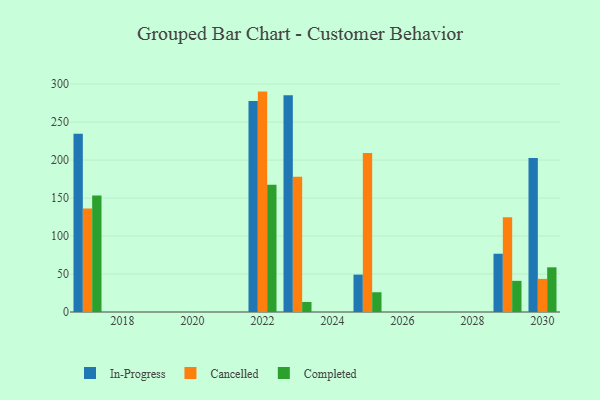
{"axis": {"x": "Year", "y": "Customer Acquisition Cost (USD)"}, "legend": ["Cancelled", "Completed", "In-Progress"], "data": [{"x": "2017", "y": 234.7, "type": "In-Progress"}, {"x": "2017", "y": 136.3, "type": "Cancelled"}, {"x": "2017", "y": 153.3, "type": "Completed"}, {"x": "2029", "y": 76.7, "type": "In-Progress"}, {"x": "2029", "y": 124.8, "type": "Cancelled"}, {"x": "2029", "y": 41.0, "type": "Completed"}, {"x": "2030", "y": 202.6, "type": "In-Progress"}, {"x": "2030", "y": 43.6, "type": "Cancelled"}, {"x": "2030", "y": 58.8, "type": "Completed"}, {"x": "2022", "y": 277.6, "type": "In-Progress"}, {"x": "2022", "y": 290.1, "type": "Cancelled"}, {"x": "2022", "y": 167.6, "type": "Completed"}, {"x": "2025", "y": 49.2, "type": "In-Progress"}, {"x": "2025", "y": 209.4, "type": "Cancelled"}, {"x": "2025", "y": 26.0, "type": "Completed"}, {"x": "2023", "y": 285.3, "type": "In-Progress"}, {"x": "2023", "y": 178.1, "type": "Cancelled"}, {"x": "2023", "y": 13.2, "type": "Completed"}]}